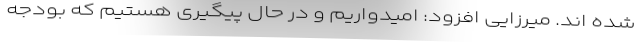
شده اند. میرزایی افزود: امیدواریم و در حال پیگیری هستیم که بودجه